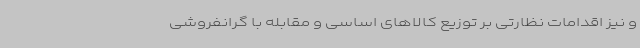
و نیز اقدامات نظارتی بر توزیع کالاهای اساسی و مقابله با گرانفروشی